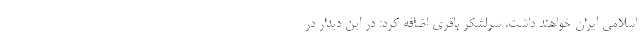
اسلامی ایران خواهند داشت. سرلشکر باقری اضافه کرد: در این دیدار در